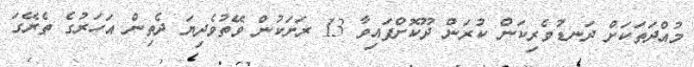
މުއްދަތަކަށް ދަނޑުވެރިކަން ކުރަން ދޫކޮށްފައިވާ 13 ރަށަކުން ވޭތުވެދިޔަ ދެތިން އަހަރުގެ ތެރޭގަ